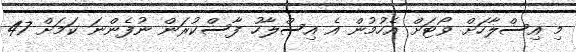
މި އިސްލާހަށް ވޯޓަށް އެހުމުން އެ އިސްލާހު ފާސްކުރަން ނުފެންނަ ކަމަށް 47